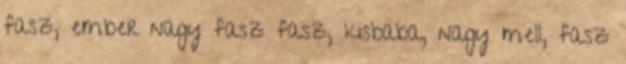
fasz, ember nagy fasz fasz, kisbaba, nagy mell, fasz